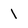
Character: 1